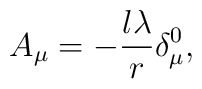
A_\mu =-\frac{l\lambda }r\delta _\mu ^0,